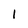
Character: 1